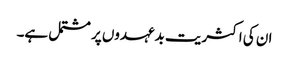
ان کی اکثریت بدعہدوں پر مشتمل ہے۔